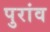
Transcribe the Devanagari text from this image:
पुरांव